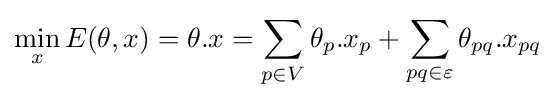
\min _{x}E(\theta ,x)=\theta .x=\sum _{p\in V}\theta _{p}.x_{p}+\sum _{pq\in \varepsilon }\theta _{pq}.x_{pq}